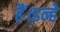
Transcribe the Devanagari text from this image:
हैं।इन्हे